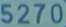
5270